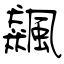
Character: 飆